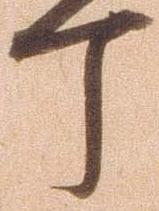
丁